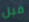
قبل